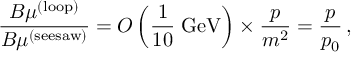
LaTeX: \frac { B \mu ^ { ( \mathrm { l o o p ) } } } { B \mu ^ { ( \mathrm { s e e s a w ) } } } = { \cal O } \left( \frac { 1 } { 1 0 } \; \mathrm { G e V } \right) \times \frac { p } { m ^ { 2 } } = \frac { p } { p _ { 0 } } \, ,